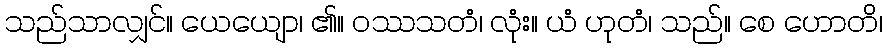
သည်သာလျှင်။ ယေယျော၊ ၏။ ဝဿသတံ၊ လုံး။ ယံ ဟုတံ၊ သည်။ စေ ဟောတိ၊